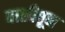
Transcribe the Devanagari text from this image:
वाशीतून